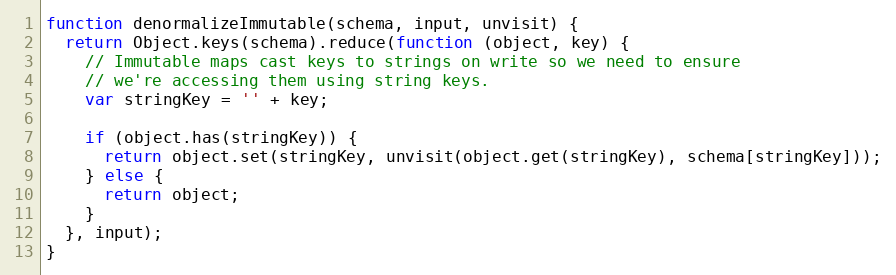
Language: JavaScript
function denormalizeImmutable(schema, input, unvisit) {
  return Object.keys(schema).reduce(function (object, key) {
    // Immutable maps cast keys to strings on write so we need to ensure
    // we're accessing them using string keys.
    var stringKey = '' + key;

    if (object.has(stringKey)) {
      return object.set(stringKey, unvisit(object.get(stringKey), schema[stringKey]));
    } else {
      return object;
    }
  }, input);
}